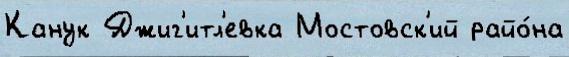
Канук Джиг'итл'евка Мостовск'ий райо́на